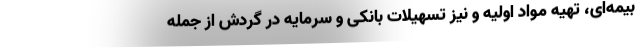
بیمه‌ای، تهیه مواد اولیه و نیز تسهیلات بانکی و سرمایه در گردش از جمله